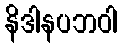
နိဒါနပဘဝါ